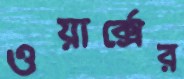
ওয়ার্ক্সের